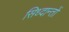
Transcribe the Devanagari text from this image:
सिध्दान्तों